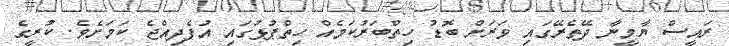
ރައީސް ޔާމީނާ ދޭތެރޭގައި ވަރަށް ބޮޑު ހިތްބަރުކަމެއް ހިތްޕުޅުގައި އުފެދިއްޖެ ކަމަށެވެ. ކުރީގެ